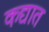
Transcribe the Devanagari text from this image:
कद्यात